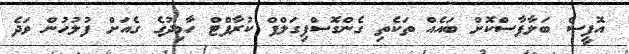
އޮފީސް ބަލާފާސްކޮށް ބައެއް ތަކެތި ގެންގޮސްފިގަލްފް ކުރާފްޓް ހާމިދުގެ ގެއަށް ފުލުހުން ވަދެ